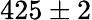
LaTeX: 425\pm 2